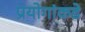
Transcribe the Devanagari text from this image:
प्रयोगांकडे